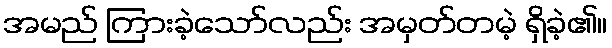
အမည် ကြားခဲ့သော်လည်း အမှတ်တမဲ့ ရှိခဲ့၏။